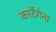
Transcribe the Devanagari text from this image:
कार्टेगेना